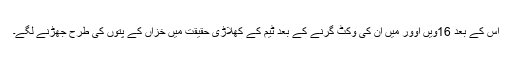
اس کے بعد 16ویں اوور میں ان کی وکٹ گرنے کے بعد ٹیم کے کھلاڑی حقیقت میں خزاں کے پتوں کی طرح جھڑنے لگے۔